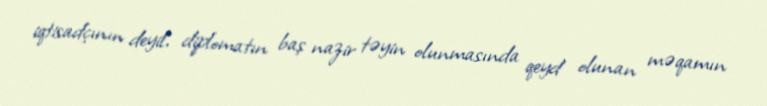
iqtisadçının deyil, diplomatın baş nazir təyin olunmasında qeyd olunan məqamın